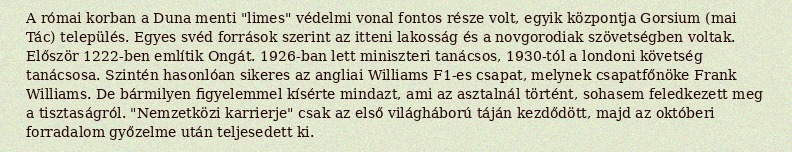
A római korban a Duna menti "limes" védelmi vonal fontos része volt, egyik központja Gorsium (mai Tác) település. Egyes svéd források szerint az itteni lakosság és a novgorodiak szövetségben voltak. Először 1222-ben említik Ongát. 1926-ban lett miniszteri tanácsos, 1930-tól a londoni követség tanácsosa. Szintén hasonlóan sikeres az angliai Williams F1-es csapat, melynek csapatfőnöke Frank Williams. De bármilyen figyelemmel kísérte mindazt, ami az asztalnál történt, sohasem feledkezett meg a tisztaságról. "Nemzetközi karrierje" csak az első világháború táján kezdődött, majd az októberi forradalom győzelme után teljesedett ki.